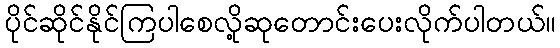
ပိုင်ဆိုင်နိုင်ကြပါစေလို့ဆုတောင်းပေးလိုက်ပါတယ်။